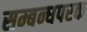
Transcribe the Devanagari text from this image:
सम्बन्धपरक